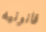
قانونيه